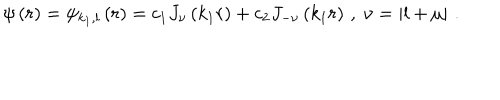
\psi \left( r \right) = \psi _ { k _ { 1 } , l } \left( r \right) = c _ { 1 } J _ { \nu } \left( k _ { 1 } r \right) + c _ { 2 } J _ { - \nu } \left( k _ { 1 } r \right) \, , \; \nu = \left| l + \mu \right| \, .